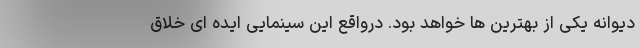
دیوانه یکی از بهترین ها خواهد بود. درواقع این سینمایی ایده ای خلاق